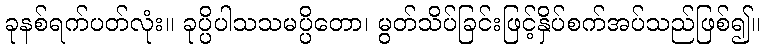
ခုနစ်ရက်ပတ်လုံး။ ခုပ္ပိပါသသမပ္ပိတော၊ မွတ်သိပ်ခြင်းဖြင့်နှိပ်စက်အပ်သည်ဖြစ်၍။